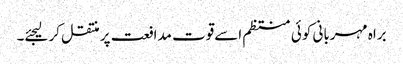
براہ مہربانی کوئی منتظم اسےقوت مدافعت پر منتقل کرلیجئے۔